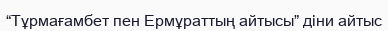
“Тұрмағамбет пен Ермұраттың айтысы” діни айтыс